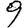
Digit: 9